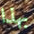
بهذا